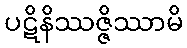
ပဋိနိဿဇ္ဇိဿာမိ